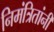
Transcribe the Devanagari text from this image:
निमंत्रितांनी